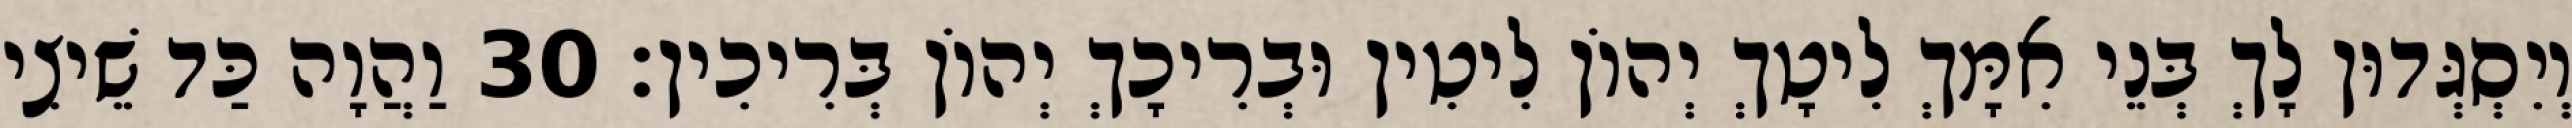
וְיִסְגְּדוּן לָךְ בְּנֵי אִמָּךְ לִיטָךְ יְהוֹן לִיטִין וּבְרִיכָךְ יְהוֹן בְּרִיכִין׃ 30 וַהֲוָה כַּד שֵׁיצִי